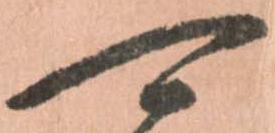
可